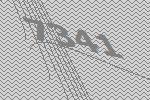
7341